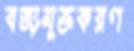
বর্জ্যমুক্তকরণ